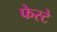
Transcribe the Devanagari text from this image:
फेस्टे